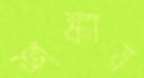
শঙ্কায়